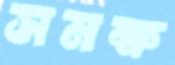
সমক্ষ